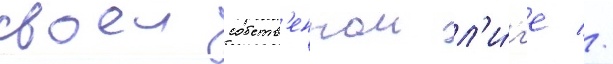
своеи собств'еннои л'и́г'е //